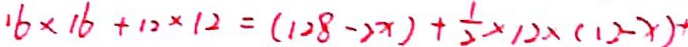
1 6 \times 1 6 + 1 2 \times 1 2 = ( 1 2 8 - 2 x ) + \frac { 1 } { 2 } \times 1 2 \times ( 1 2 - x ) ^ { - 1 }